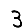
Digit: 3